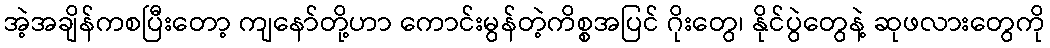
အဲ့အချိန်ကစပြီးတော့ ကျနော်တို့ဟာ ကောင်းမွန်တဲ့ကိစ္စအပြင် ဂိုးတွေ၊ နိုင်ပွဲတွေနဲ့ ဆုဖလားတွေကို